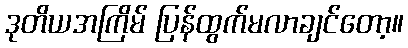
ဒုတိယအကြိမ် ပြန်ထွက်မလာချင်တော့။